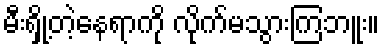
မီးရှို့တဲ့နေရာကို လိုက်မသွားကြဘူး။